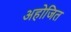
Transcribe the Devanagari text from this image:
अहोजित